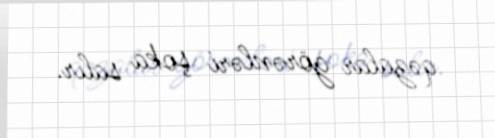
qəzalar görənləri şoka salır.